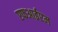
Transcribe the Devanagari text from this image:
एफआईएम